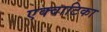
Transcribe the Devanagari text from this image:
एक्वाटिका